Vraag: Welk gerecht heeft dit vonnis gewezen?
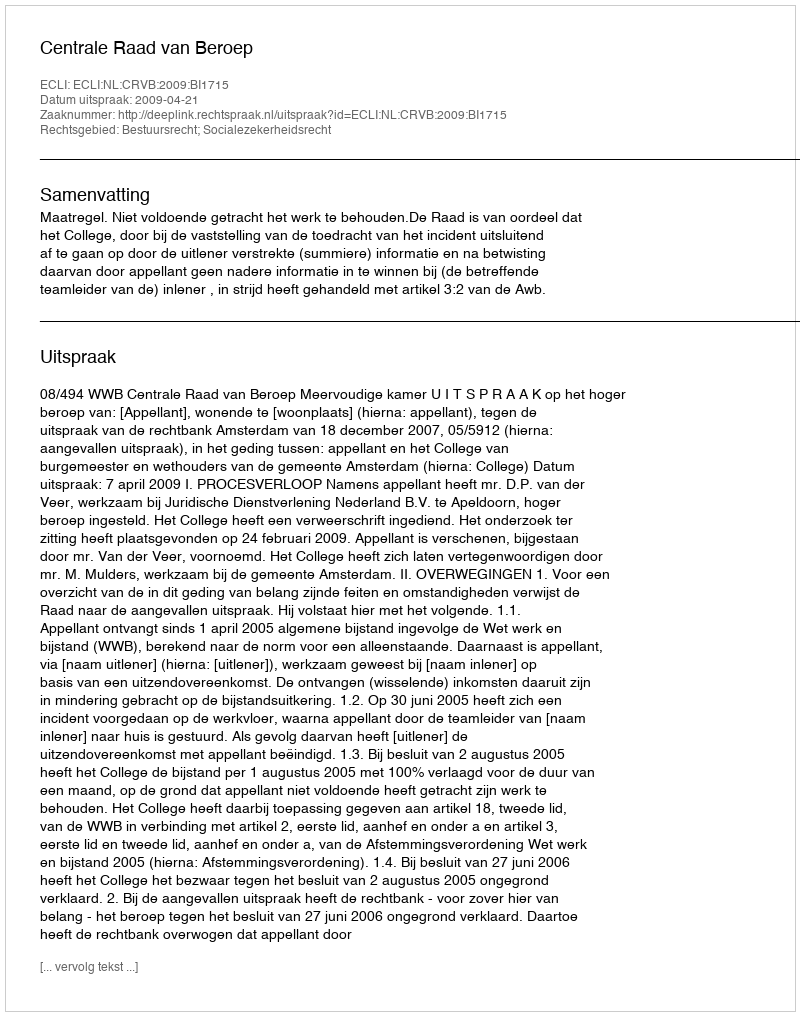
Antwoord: Centrale Raad van Beroep